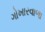
ગોખારવાળા